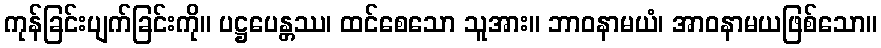
ကုန်ခြင်းပျက်ခြင်းကို။ ပဋ္ဌပေန္တဿ၊ ထင်စေသော သူအား။ ဘာဝနာမယံ၊ အာဝနာမယဖြစ်သော။